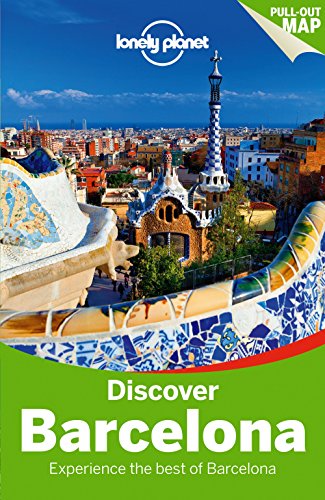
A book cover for Lonely Planet Discover Barcelona (Travel Guide); Lonely Planet; Travel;